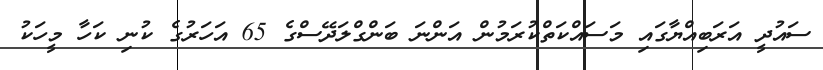
ސައުދީ އަރަބިއްޔާގައި މަސައްކަތްކުރަމުން އަންނަ ބަންގްލަދޭސްގެ 65 އަހަރުގެ ކުނި ކަހާ މީހަކު